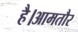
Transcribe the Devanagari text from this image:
है।आमतौर